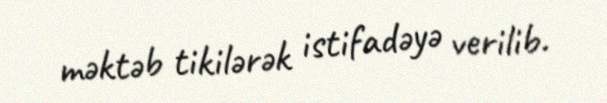
məktəb tikilərək istifadəyə verilib.